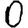
Digit: 0